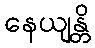
နေယျန္တိ